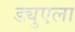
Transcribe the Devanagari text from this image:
ड्युएला